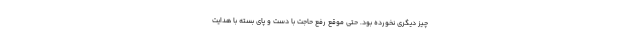
چیز دیگری نخورده بود. حتی موقع رفع حاجت با دست و پای بسته با هدایت